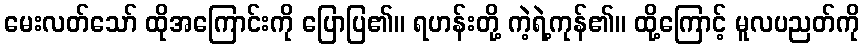
မေးလတ်သော် ထိုအကြောင်းကို ပြောပြ၏။ ရဟန်းတို့ ကဲ့ရဲ့ကုန်၏။ ထို့ကြောင့် မူလပညတ်ကို